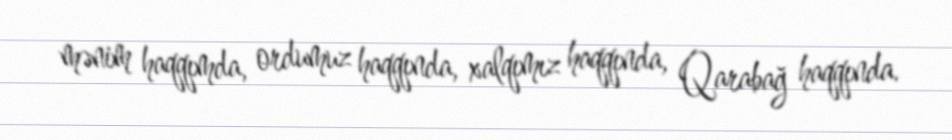
mənim haqqımda, ordumuz haqqında, xalqımız haqqında, Qarabağ haqqında.